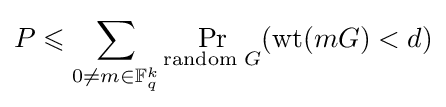
P\leqslant \sum _{0\neq m\in \mathbb {F} _{q}^{k}}\Pr _{{\text{random }}G}(\operatorname {wt} (mG)<d)